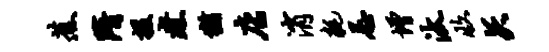
蕉隋援煮犹店消耗忌增汰收矢